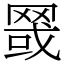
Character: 䍞